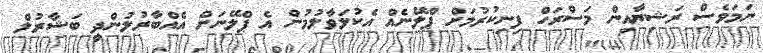
ނަމަވެސް ރަޝިޔާއިން މަސްރަހް ފިނިކުރުމަށް ޕްލޭނެއް އެކުލަވާލުމުން އެ ޕްލޭނަށް އެއްބާރުލުންދީ ބަޝާރުލް